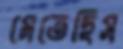
মেতেছিস